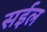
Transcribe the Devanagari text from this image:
सईल